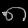
Digit: ၈